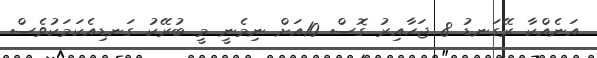
އަނެއްކާ ރޭގަނޑު 8 ޖަހާއިރު ގޮސް 10އަށް ނިމެނީ މީ ބުރޭކު ގަނޑިއެކަމަކުވެސް